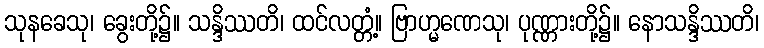
သုနခေသု၊ ခွေးတို့၌။ သန္ဒိဿတိ၊ ထင်လတ္တံ့။ ဗြာဟ္မဏေသု၊ ပုဏ္ဏားတို့၌။ နောသန္ဒိဿတိ၊